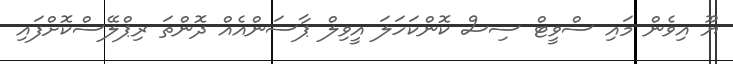
ޔޫ އިވެން މައި ސްވީޓް ސިސް ކޮންކަހަލަ އީވިލް ޕާސަންއެއް ދޮންތަ ރިޕްލޭސްކޮށްފައި